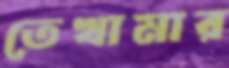
তেখামার